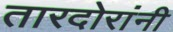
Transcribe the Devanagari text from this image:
तारदोरांनी